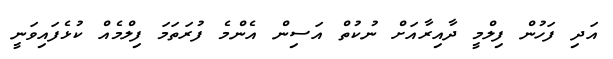
އަދި ފަހުން ފިލްމީ ދާއިރާއަށް ނުކުތް އަސިން އެންމެ ފުރަތަމަ ފިލްމެއް ކުޅެފައިވަނީ